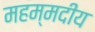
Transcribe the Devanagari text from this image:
महम्मदीय